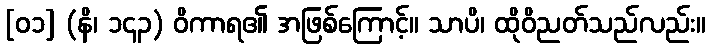
[၀၁] (နိ၊ ၁၄၃) ဝိကာရ၏ အဖြစ်ကြောင့်။ သာပိ၊ ထိုဝိညတ်သည်လည်း။